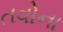
તવોના